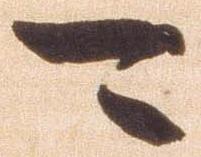
可